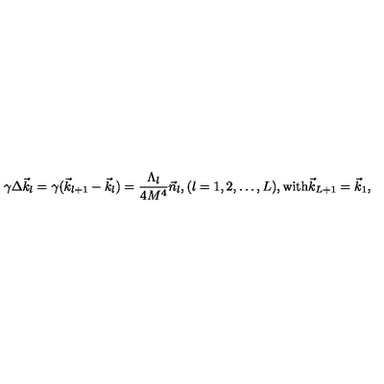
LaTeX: \gamma \Delta \vec { k } _ { l } = \gamma ( \vec { k } _ { l + 1 } - \vec { k } _ { l } ) = \frac { \Lambda _ { l } } { 4 M ^ { 4 } } \vec { n } _ { l } , ( l = 1 , 2 , \dots , L ) , \mathrm { w i t h } \vec { k } _ { L + 1 } = \vec { k } _ { 1 } ,